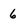
Character: 6